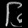
Digit: ၆